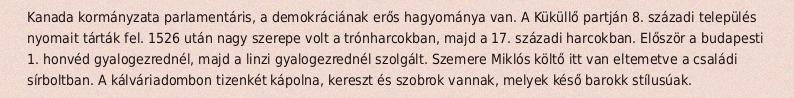
Kanada kormányzata parlamentáris, a demokráciának erős hagyománya van. A Küküllő partján 8. századi település nyomait tárták fel. 1526 után nagy szerepe volt a trónharcokban, majd a 17. századi harcokban. Először a budapesti 1. honvéd gyalogezrednél, majd a linzi gyalogezrednél szolgált. Szemere Miklós költő itt van eltemetve a családi sírboltban. A kálváriadombon tizenkét kápolna, kereszt és szobrok vannak, melyek késő barokk stílusúak.